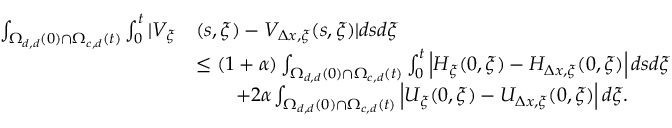
\begin{array} { r l } { \int _ { \Omega _ { d , d } ( 0 ) \cap \Omega _ { c , d } ( t ) } \int _ { 0 } ^ { t } | V _ { \xi } } & { ( s , \xi ) - V _ { \Delta x , \xi } ( s , \xi ) | d s d \xi } \\ & { \leq \left( 1 + \alpha \right) \int _ { \Omega _ { d , d } ( 0 ) \cap \Omega _ { c , d } ( t ) } \int _ { 0 } ^ { t } \left| H _ { \xi } ( 0 , \xi ) - H _ { \Delta x , \xi } ( 0 , \xi ) \right| d s d \xi } \\ & { \qquad + 2 \alpha \int _ { \Omega _ { d , d } ( 0 ) \cap \Omega _ { c , d } ( t ) } \left| U _ { \xi } ( 0 , \xi ) - U _ { \Delta x , \xi } ( 0 , \xi ) \right| d \xi . } \end{array}